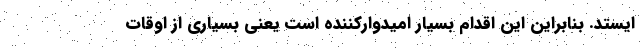
ایستد. بنابراین این اقدام بسیار امیدوارکننده است یعنی بسیاری از اوقات